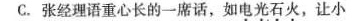
C.张经理语重心长的一席话，如电光石火，让小